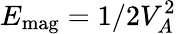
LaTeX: E_{\textrm{mag}}=1/2V_{A}^{2}